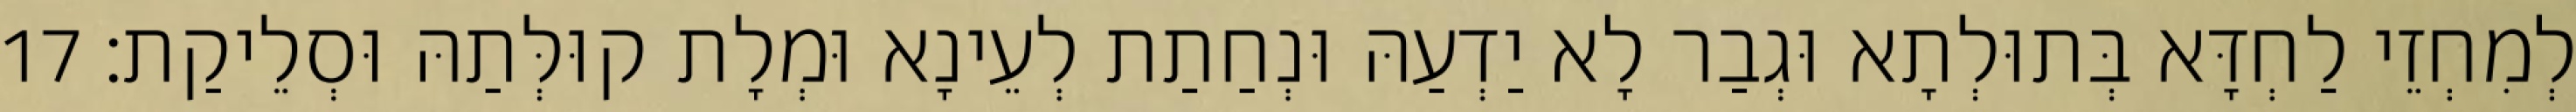
לְמִחְזֵי לַחְדָּא בְּתוּלְתָא וּגְבַר לָא יַדְעַהּ וּנְחַתַת לְעֵינָא וּמְלָת קוּלְּתַהּ וּסְלֵיקַת׃ 17